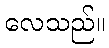
လေသည်။